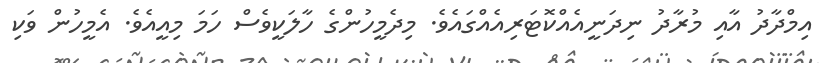
އިމްދާދު އާއި މުރާދު ނިދަނީއެއްކޮޓަރިއެއްގައެވެ. މިދެމީހުންގެ ހާލަކީވެސް ހަމަ މިއީއެވެ. އެމީހުން ވަކި